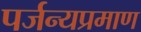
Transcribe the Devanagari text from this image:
पर्जन्यप्रमाण